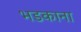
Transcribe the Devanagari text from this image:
भडकाना